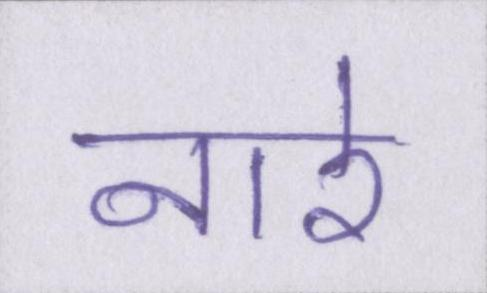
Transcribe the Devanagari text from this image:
नारे